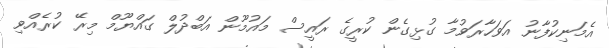
އެމަނިކުފާނު އަވަހާރަވުމާ ގުޅިގެން ކުރީގެ ރައީސް މައުމޫން އަބްދުލް ގައްޔޫމް މިރޭ ކުރެއްވި